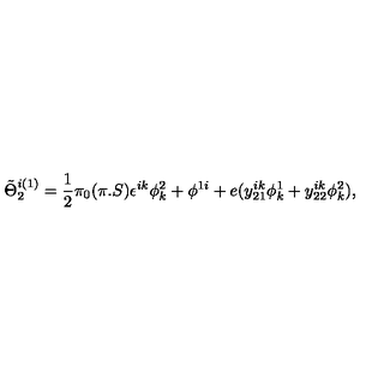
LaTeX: \tilde { \Theta } _ { 2 } ^ { i ( 1 ) } = { \frac { 1 } { 2 } } \pi _ { 0 } ( \pi . S ) \epsilon ^ { i k } \phi _ { k } ^ { 2 } + \phi ^ { 1 i } + e ( y _ { 2 1 } ^ { i k } \phi _ { k } ^ { 1 } + y _ { 2 2 } ^ { i k } \phi _ { k } ^ { 2 } ) ,